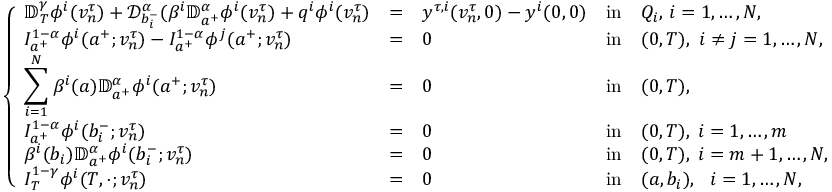
\left\{ \begin{array} { l l l l l l l l l } { \displaystyle { \mathbb D } _ { T } ^ { \gamma } \phi ^ { i } ( v _ { n } ^ { \tau } ) + \mathcal { D } _ { b _ { i } ^ { - } } ^ { \alpha } ( \beta ^ { i } \mathbb { D } _ { a ^ { + } } ^ { \alpha } \phi ^ { i } ( v _ { n } ^ { \tau } ) + q ^ { i } \phi ^ { i } ( v _ { n } ^ { \tau } ) } & { = } & { y ^ { \tau , i } ( v _ { n } ^ { \tau } , 0 ) - y ^ { i } ( 0 , 0 ) } & { \mathrm { i n } } & { Q _ { i } , \, i = 1 , \dots , N , } \\ { \displaystyle I _ { a ^ { + } } ^ { 1 - \alpha } \phi ^ { i } ( a ^ { + } ; v _ { n } ^ { \tau } ) - I _ { a ^ { + } } ^ { 1 - \alpha } \phi ^ { j } ( a ^ { + } ; v _ { n } ^ { \tau } ) } & { = } & { 0 } & { \mathrm { i n } } & { ( 0 , T ) , ~ i \neq j = 1 , \dots , N , } \\ { \displaystyle \sum _ { i = 1 } ^ { N } \beta ^ { i } ( a ) \mathbb { D } _ { a ^ { + } } ^ { \alpha } \phi ^ { i } ( a ^ { + } ; v _ { n } ^ { \tau } ) } & { = } & { 0 } & { \mathrm { i n } } & { ( 0 , T ) , } \\ { \displaystyle I _ { a ^ { + } } ^ { 1 - \alpha } \phi ^ { i } ( b _ { i } ^ { - } ; v _ { n } ^ { \tau } ) } & { = } & { 0 } & { \mathrm { i n } } & { ( 0 , T ) , \; i = 1 , \dots , m } \\ { \displaystyle \beta ^ { i } ( b _ { i } ) \mathbb { D } _ { a ^ { + } } ^ { \alpha } \phi ^ { i } ( b _ { i } ^ { - } ; v _ { n } ^ { \tau } ) } & { = } & { 0 } & { \mathrm { i n } } & { ( 0 , T ) , \; i = m + 1 , \dots , N , } \\ { \displaystyle I _ { T } ^ { 1 - \gamma } \phi ^ { i } ( T , \cdot ; v _ { n } ^ { \tau } ) } & { = } & { 0 } & { \mathrm { i n } } & { ( a , b _ { i } ) , ~ ~ i = 1 , \dots , N , } \end{array} \right.